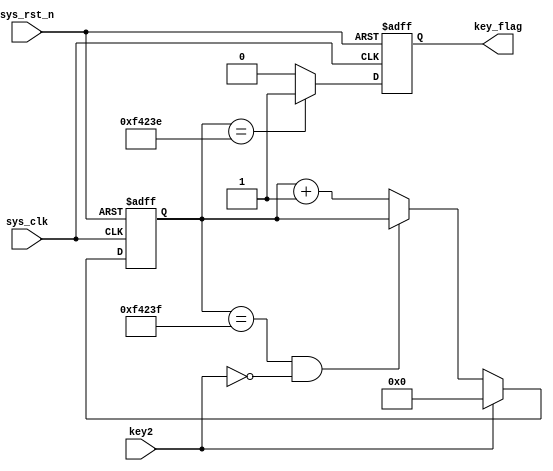
`timescale  1ns/1ns
//=================================================================================
//  Author       la
//  Project name Gas Sensor on FPGA
//  Module Name  : tft_ctrl
//  Created Time 2022.5.16
//  Description  AD7606
//=================================================================================


module  key_filter(
    input   wire    sys_clk     ,   //50Mhz
    input   wire    sys_rst_n   ,   //
    input   wire    key2      ,   //

    output  reg     key_flag        //key_flag1
                                    //key_flag0
);
reg     [19:0]  cnt_20ms    ;   //
parameter CNT_MAX = 20'd999_999;
//********************************************************************//
//***************************** Main Code ****************************//
//********************************************************************//

//cnt_20ms:
always@(posedge sys_clk or negedge sys_rst_n)begin
    if(sys_rst_n == 1'b0)
        cnt_20ms <= 20'b0;
    else    if(key2 == 1'b1)
        cnt_20ms <= 20'b0;
    else    if(cnt_20ms == CNT_MAX && key2 == 1'b0)
        cnt_20ms <= cnt_20ms;
    else
        cnt_20ms <= cnt_20ms + 1'b1;
end

//key_flag:20ms
//key_flag999_999,
always@(posedge sys_clk or negedge sys_rst_n)begin
    if(sys_rst_n == 1'b0)
        key_flag <= 1'b0;
    else    if(cnt_20ms == CNT_MAX - 1'b1)
        key_flag <= 1'b1;
    else
        key_flag <= 1'b0;
end

endmodule